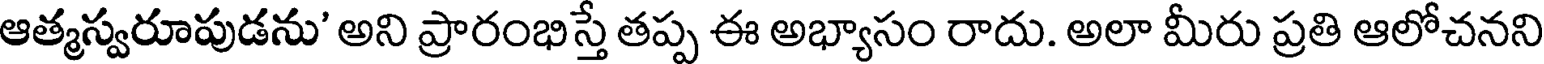
ఆత్మస్వరూపుడను' అని ప్రారంభిస్తే తప్ప ఈ అభ్యాసం రాదు. అలా మీరు ప్రతి ఆలోచనని